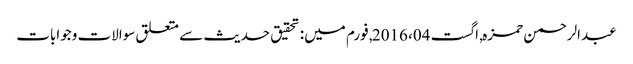
عبدالرحمن حمزہ, ‏اگست 04، 2016, فورم میں: تحقیق حدیث سے متعلق سوالات وجوابات